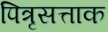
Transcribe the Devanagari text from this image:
पित्रृसत्ताक